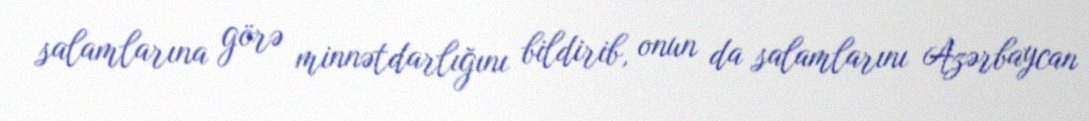
salamlarına görə minnətdarlığını bildirib, onun da salamlarını Azərbaycan